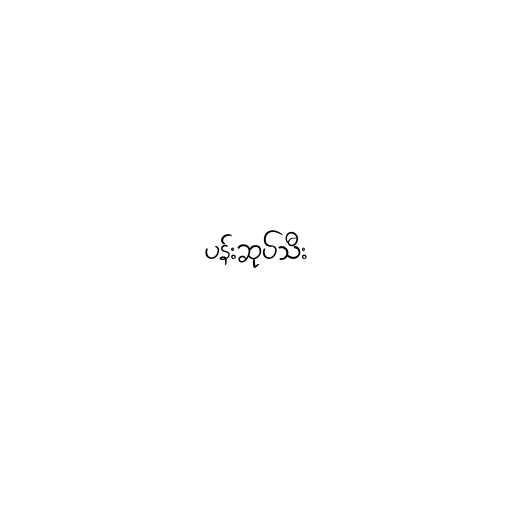
ပန်းဆုပ်သီး